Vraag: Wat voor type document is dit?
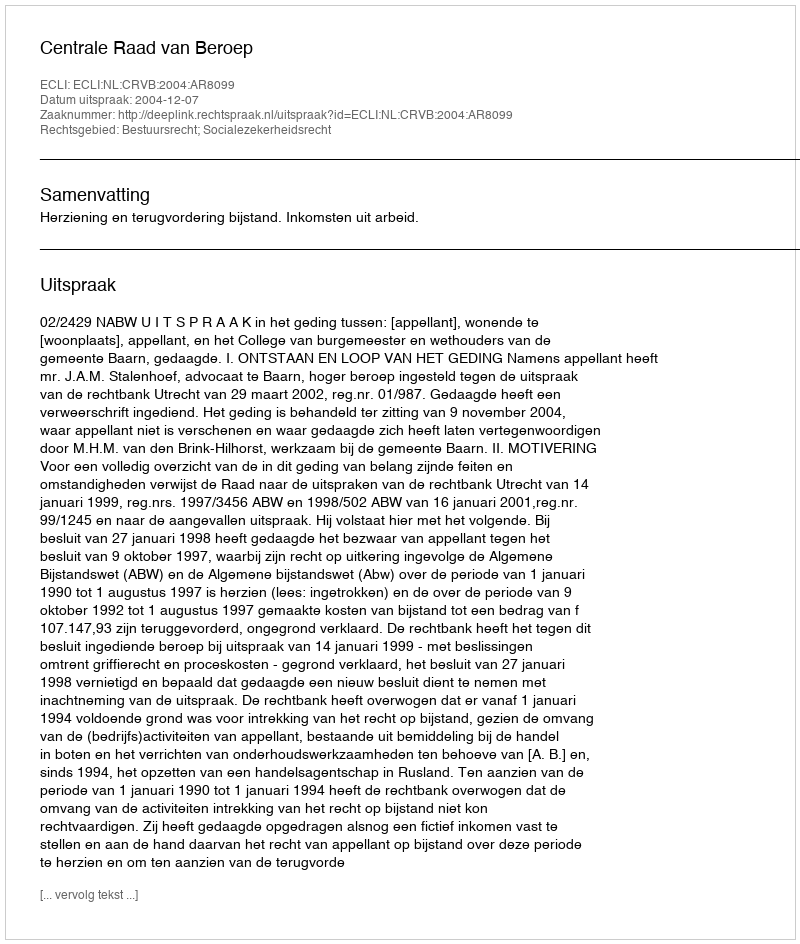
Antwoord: Uitspraak